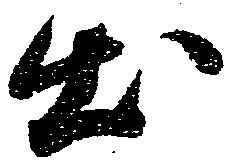
出